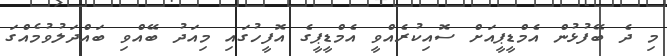
މި ދެ ބޭފުޅުން އެމްޑީޕީއަށް ސޮއިކުރެއްވީ އެމްޑީޕީގެ އޮފީހުގައި މިއަދު ބޭއްވި ބައްދަލުވުމެއްގަ